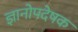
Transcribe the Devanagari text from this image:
ज्ञानोपदेषक